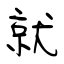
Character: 就